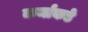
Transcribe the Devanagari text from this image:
कर्माकडे